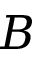
B